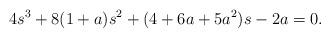
LaTeX: \begin{align*}4s^3 + 8 (1+a) s^2 + (4+6a + 5a^2) s - 2a =0.\end{align*}